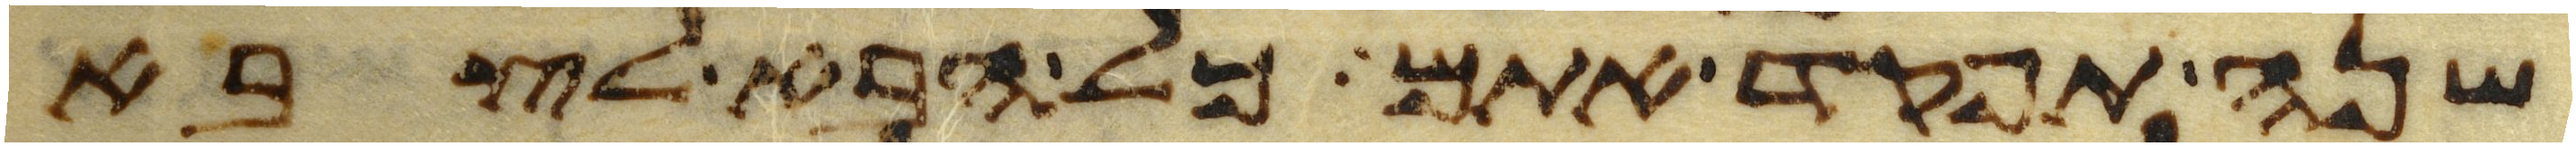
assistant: שנה תפקד אתם כל הבא לצבא